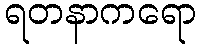
ရတနာကရော